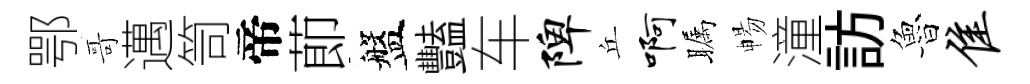
鄂哥邁笥帝莭盤豔车陴丘啊瞩暢潼訪魯隹